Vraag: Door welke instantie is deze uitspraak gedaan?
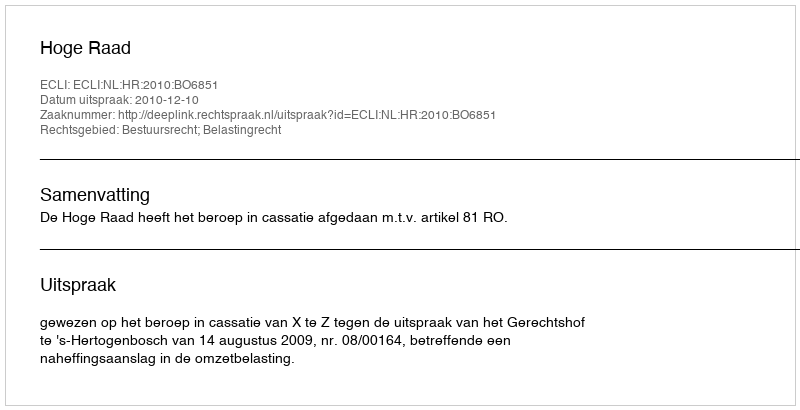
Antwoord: Hoge Raad